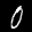
Label: 0